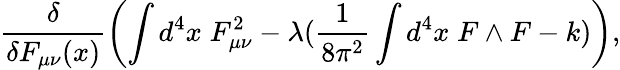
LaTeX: \frac{\delta}{\delta F_{\mu\nu}(x)}\left(\int d^{4}x\; F_{\mu\nu}^{2}-\lambda(\frac{1}{8\pi^{2}}\int d^{4}x\; F\wedge F-k)\right),